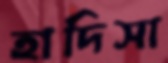
হাদিসা